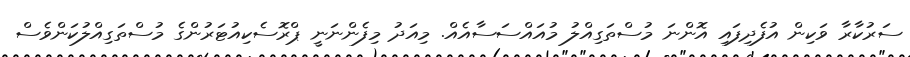
ސަރުކާރާ ވަކިން އުފެދިފައި އޮންނަ މުސްތަގިއްލު މުއައްސަސާއެއް. މިއަދު މިފެންނަނީ ޕްރޮސެކިއުޓަރުންގެ މުސްތަގިއްލުކަންވެސް